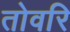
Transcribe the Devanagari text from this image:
तोवरि